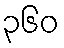
၃၆၀